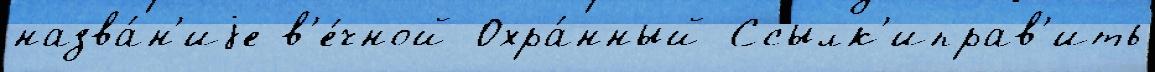
назва́н'иjе в'е́чной Охра́нный Ссылк'иправ'ить